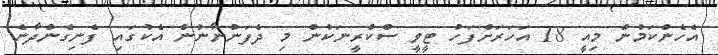
އެހެންކަމުން މިއީ 18 އަހަރަށްފަހު ޓީވީ ސްކްރީނަކުން މި ދެފަންނާނުން އެކުގައި ފެނިގެންދާނެ